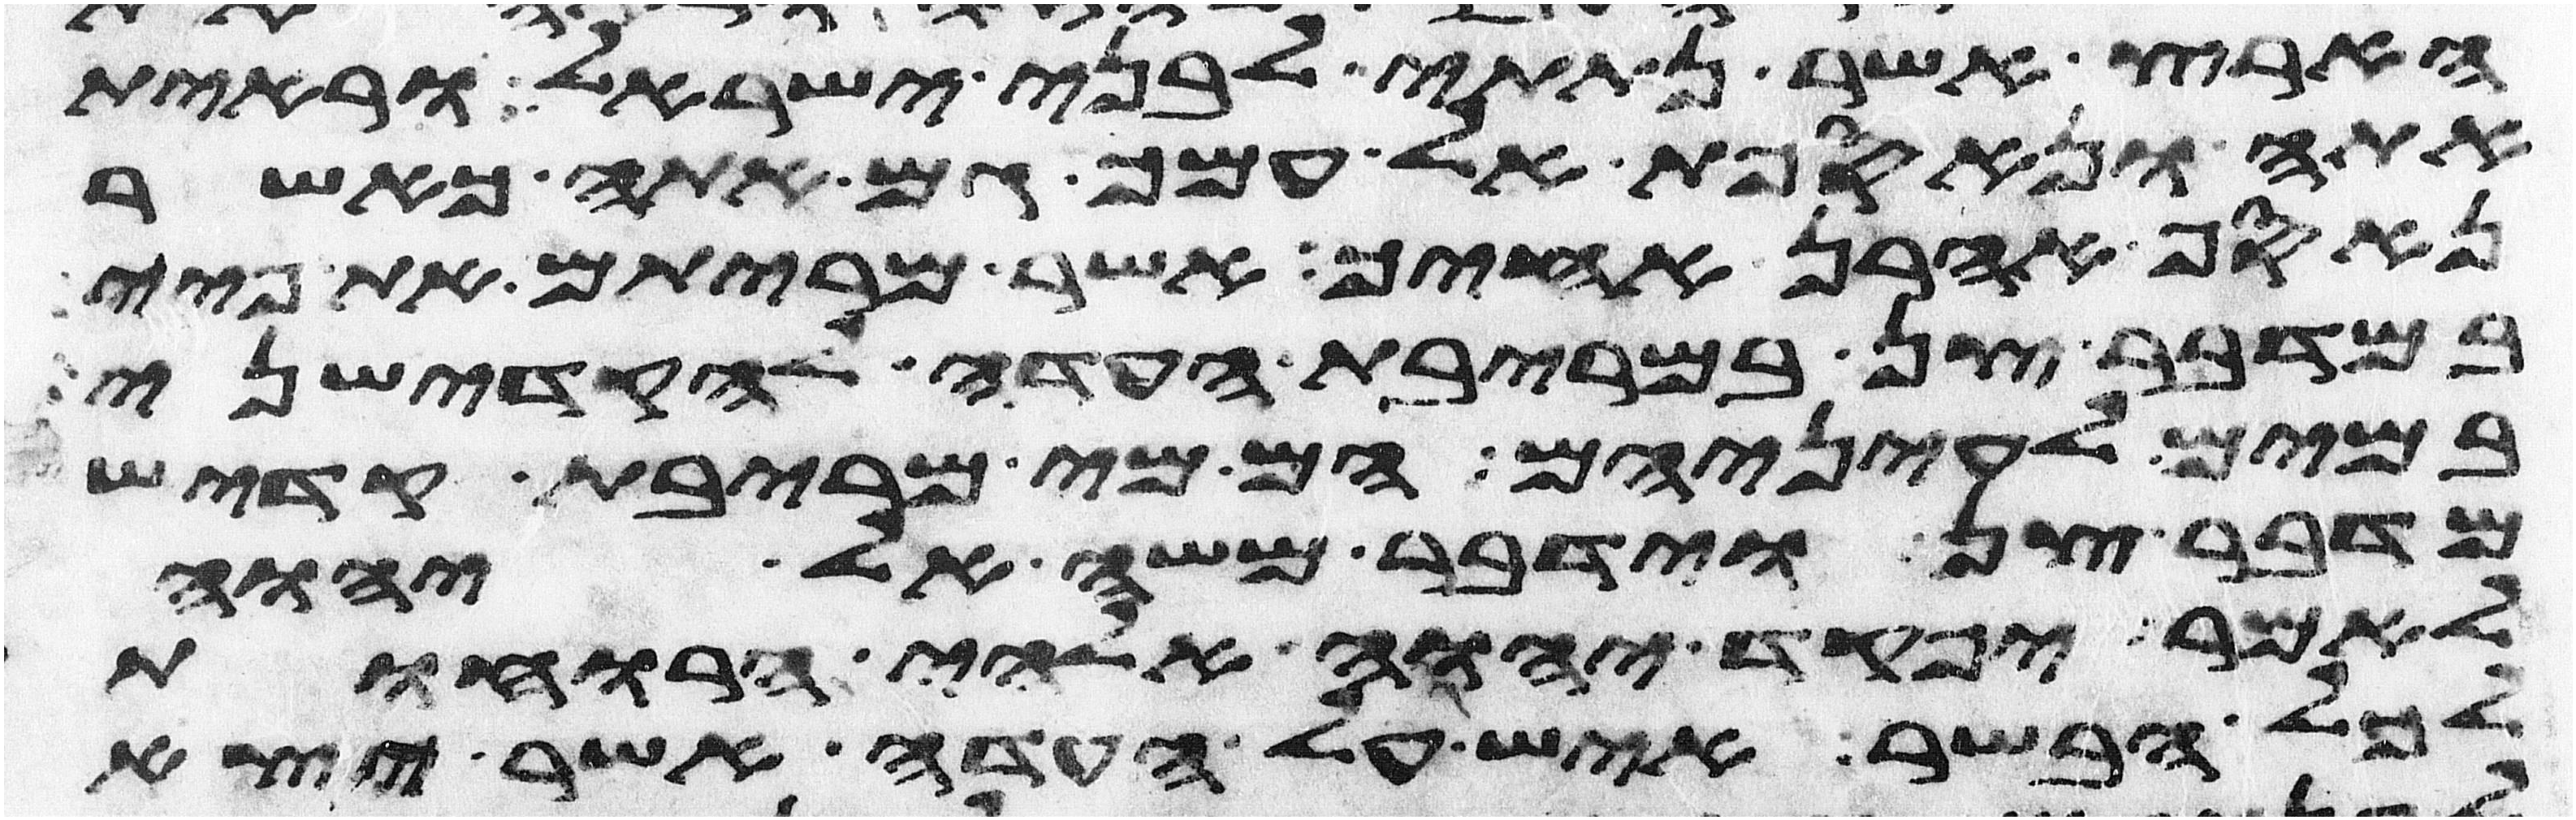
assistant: הארץ אשר נתתי לבני ישראל וראית
אתה ונאספת אל עמך גם אתה כאשר
נאסף אהרן אחיך אשר מריתם את פיי
במדבר צן במריבת העדה להקדישני
במים לעיניהם הם מי מריבת קדש
מדבר צן וידבר משה אל יהוה
לאמר יפקד יהוה אלהי הרוחות
לכל הבשר איש על העדה אשר יצא